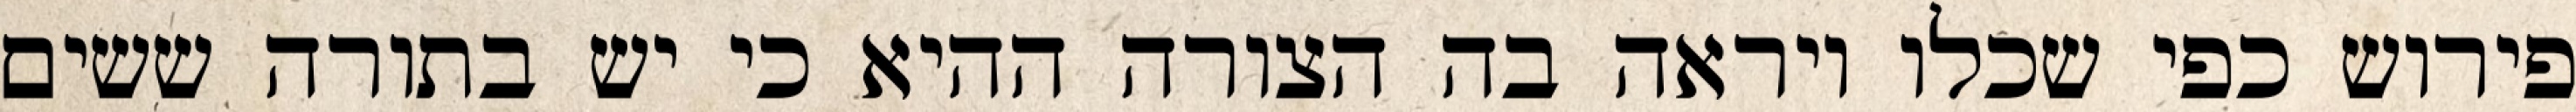
פירוש כפי שכלו ויראה בה הצורה ההיא כי יש בתורה ששים